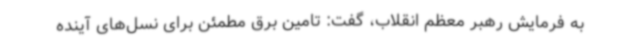
به فرمایش رهبر معظم انقلاب، گفت: تامین برق مطمئن برای نسل‌های آینده